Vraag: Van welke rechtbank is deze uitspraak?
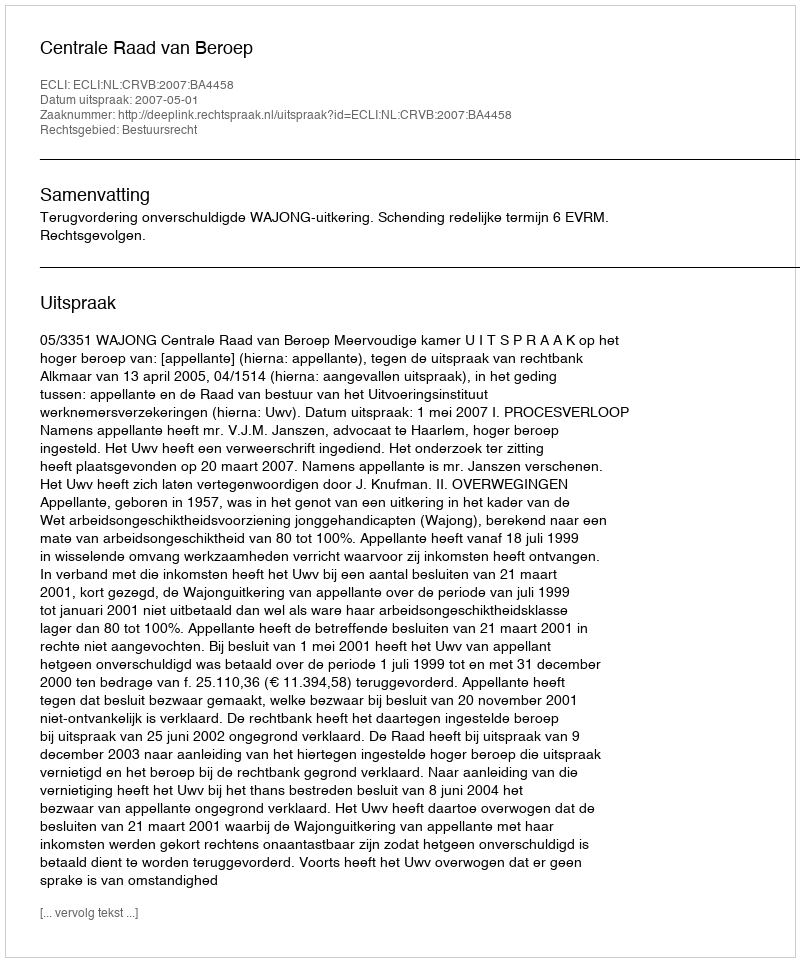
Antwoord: Centrale Raad van Beroep